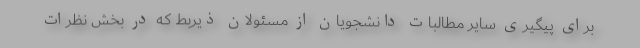
برای پیگیری سایر مطالبات دانشجویان از مسئولان ذیربط که در بخش نظرات